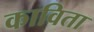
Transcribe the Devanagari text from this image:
काविता